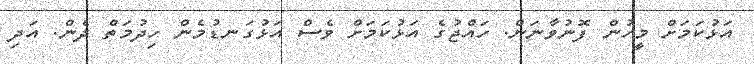
އަޅުކަމަށް މީހުުން ފޮނުވާނަން. ހައްޖުގެ އަޅުކަމަށް ވެސް އަޅުގަނޑުމެން ހިދުމަތް ދެން. އަދި